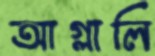
আগ্‌লালি